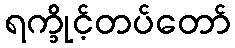
ရက္ခိုင့်တပ်တော်